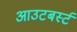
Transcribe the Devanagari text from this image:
आउटबर्स्ट